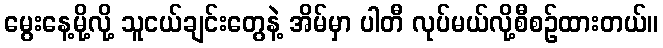
မွေးနေ့မို့လို့ သူငယ်ချင်းတွေနဲ့ အိမ်မှာ ပါတီ လုပ်မယ်လို့စီစဉ်ထားတယ်။